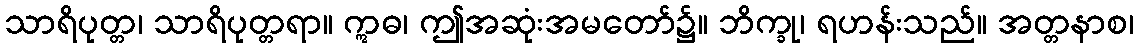
သာရိပုတ္တ၊ သာရိပုတ္တရာ။ ဣဓ၊ ဤအဆုံးအမတော်၌။ ဘိက္ခု၊ ရဟန်းသည်။ အတ္တနာစ၊